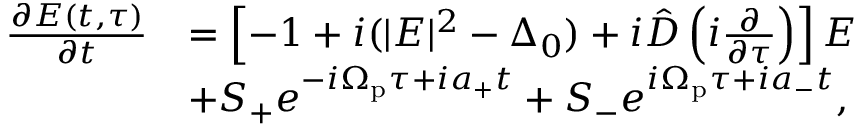
\begin{array} { r l } { \frac { \partial E ( t , \tau ) } { \partial t } } & { = \left[ - 1 + i ( | E | ^ { 2 } - \Delta _ { 0 } ) + i \hat { D } \left( i \frac { \partial } { \partial \tau } \right) \right] E } \\ & { + S _ { + } e ^ { - i \Omega _ { \mathrm { p } } \tau + i a _ { + } t } + S _ { - } e ^ { i \Omega _ { \mathrm { p } } \tau + i a _ { - } t } , } \end{array}